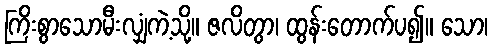
ကြိးစွာသောမီးလျှံကဲ့သို့။ ဇလိတွာ၊ ထွန်းတောက်ပ၍။ သော၊